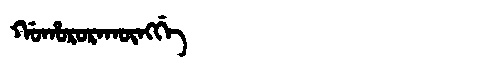
Manchu: ᡤᠣᡥᠣᡵᠣᡵᠠᡴᡡᠩᡤᡝ
Romanization: GOHORORAKŪNGGE